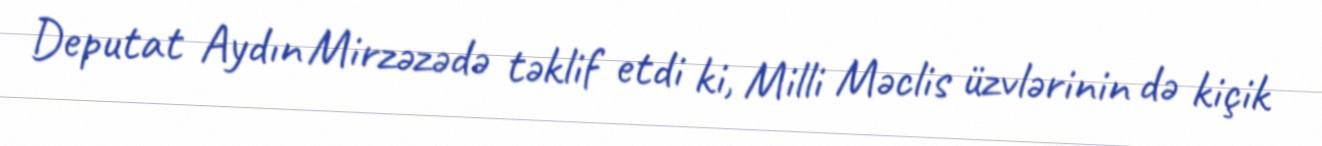
Deputat Aydın Mirzəzədə təklif etdi ki, Milli Məclis üzvlərinin də kiçik